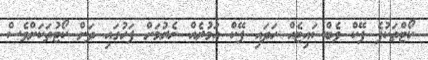
ކޯޓްތަކުފެ ފޭކް ވެބްސައިޓެއް ހަދައި ފޭކް އަމުރެއް ނެރުމަށް ފަހުގައި ދަށް ކޯޓުތަކަށްވެސް